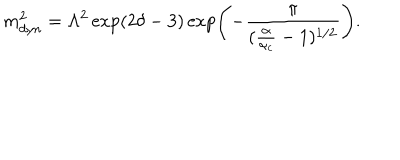
LaTeX: m _ { d y n } ^ { 2 } = \Lambda ^ { 2 } \exp ( 2 \delta - 3 ) \exp \left( - \frac { \pi } { ( \frac { \alpha } { \alpha _ { c } } - 1 ) ^ { 1 / 2 } } \right) .